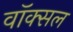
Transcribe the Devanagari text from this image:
वॉक्‍सल